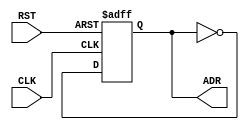
module ADGEN (
    CLK, RST, ADR
);
    input CLK, RST;
    output wire ADR;
    
    always @(posedge CLK or posedge RST) begin
        if(RST) begin
            ADR <= 0;
        end
        else begin
            ADR <= ~ADR;
        end
    end
    
endmodule